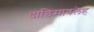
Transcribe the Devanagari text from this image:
दाडिमावलेह